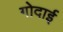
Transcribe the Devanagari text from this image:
गोदाई